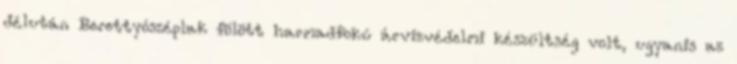
délután Berettyószéplak fölött harmadfokú árvízvédelmi készültség volt, ugyanis az